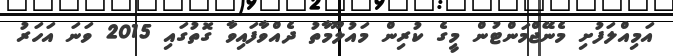
އަމިއްލަފުށި މެނޭޖްމަންޓުން މީގެ ކުރިން މައުލޫމާތު ދެއްވާފައިވާ ގޮތުގައި 2015 ވަނަ އަހަރު